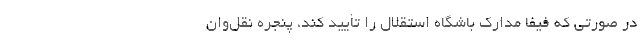
در صورتی که فیفا مدارک باشگاه استقلال را تأیید کند، پنجره نقل‌وان